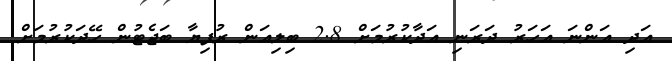
އަދި އަންނަ އަހަރު ދަރަނި އަދާކުރުމަށް 2.8 ބިލިއަން ރުފިޔާ ބަޖެޓުން ހޭދަކުރުމަށް